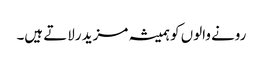
رونے والوں کو ہمیشہ مزید رلاتے ہیں۔